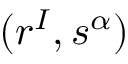
( r ^ { I } , s ^ { \alpha } )